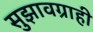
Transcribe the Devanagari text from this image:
सुझावग्राही